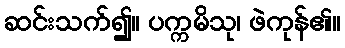
ဆင်းသက်၍။ ပက္ကမိသု၊ ဖဲကုန်၏။